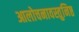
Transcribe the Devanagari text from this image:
आलोचनावस्तुनिष्ठ